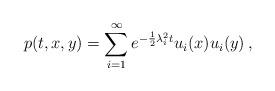
LaTeX: \begin{align*}p(t,x,y) = \sum_{i=1}^\infty e^{-\frac{1}{2}\lambda_i^2 t} u_i(x)u_i(y)\,,\end{align*}